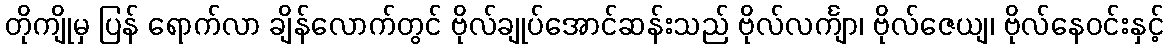
တိုကျိုမှ ပြန် ရောက်လာ ချိန်လောက်တွင် ဗိုလ်ချုပ်အောင်ဆန်းသည် ဗိုလ်လင်္ကျာ၊ ဗိုလ်ဇေယျ၊ ဗိုလ်နေဝင်းနှင့်